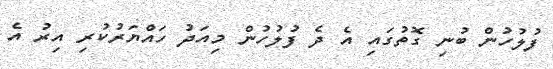
ފުލުހުން ބުނި ގޮތުގައި އެ ދެ ފުލުހުން މިއަދު ހައްޔަރުކުރި އިރު އެ